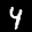
Label: 4